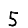
Digit: 5